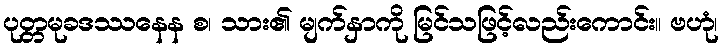
ပုတ္တမုခဒဿနေန စ၊ သား၏ မျက်နှာကို မြင်သဖြင့်လည်းကောင်း။ ဗဟုံ၊